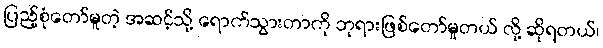
ပြည့်စုံတော်မူတဲ့ အဆင့်သို့ ရောက်သွားတာကို ဘုရားဖြစ်တော်မူတယ် လို့ ဆိုရတယ်၊